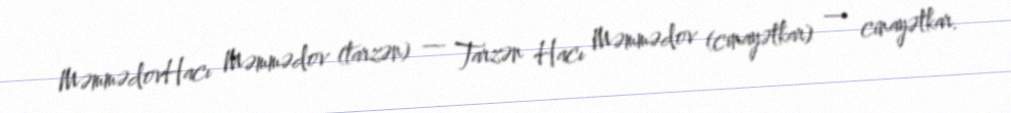
MəmmədovHacı Məmmədov (tarzən) — Tarzən Hacı Məmmədov (cinayətkar) — cinayətkar.